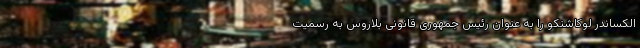
الکساندر لوکاشنکو را به عنوان رئیس جمهوری قانونی بلاروس به رسمیت